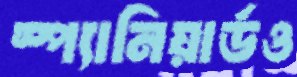
স্প্যানিয়ার্ডও